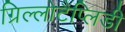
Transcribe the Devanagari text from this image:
ग्रिल्लोटैप्लिडी